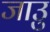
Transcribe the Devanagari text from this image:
जाउु